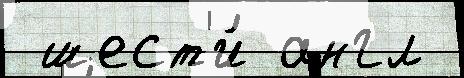
 шест'и́ англ